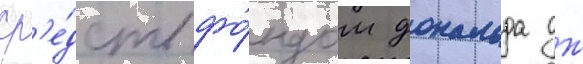
ср'е́дств фо́ндом дональда дж